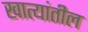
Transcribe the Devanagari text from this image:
खात्यांतील